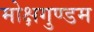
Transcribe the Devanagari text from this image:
मोक्षगुण्डम